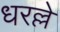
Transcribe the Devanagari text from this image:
धरल्ले